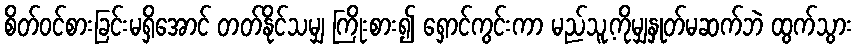
စိတ်ဝင်စားခြင်းမရှိအောင် တတ်နိုင်သမျှ ကြိုးစား၍ ရှောင်ကွင်းကာ မည်သူ့ကိုမျှနှုတ်မဆက်ဘဲ ထွက်သွား